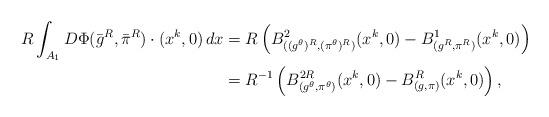
LaTeX: \begin{align*}R\int_{A_1} D\Phi(\bar{g}^R, \bar{\pi}^R)\cdot (x^k,0) \, dx &= R \left(B^2_{((g^\theta)^R,(\pi^\theta)^R)}(x^k,0) - B^1_{(g^R,\pi^R)} (x^k,0)\right) \\&= R^{-1}\left(B^{2R}_{(g^\theta, \pi^\theta)}(x^k,0) - B^R_{(g,\pi)}(x^k,0)\right),\end{align*}